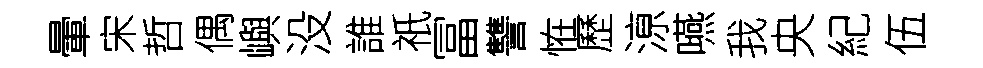
暈宋哲偶嶼没誰祇冨讐恠歷鿌嚥我央紀伍